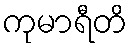
ကုမာရီတိ